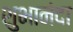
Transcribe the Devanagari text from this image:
शुभानंदा